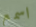
اسمع